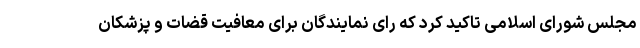
مجلس شورای اسلامی تاکید کرد که رای نمایندگان برای معافیت قضات و پزشکان